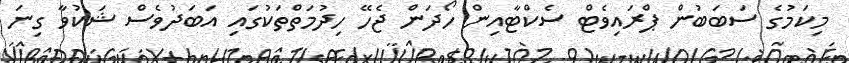
މިކަމުގެ ސަބަބުން ޕްރައިވެޓް ސެކްޓާއިން ހޯދަން ޖެހޭ ހިދުމަތްތަކުގައި އަބަދުވެސް ޝަކުވާ ގިނަ